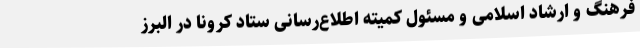
فرهنگ و ارشاد اسلامی و مسئول کمیته اطلاع‌رسانی ستاد کرونا در البرز